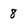
Character: 8